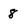
Character: 8